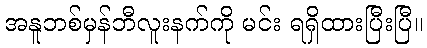
အနူဘစ်မှန်ဘီလူးနက်ကို မင်း ရရှိထားပြီးပြီ။